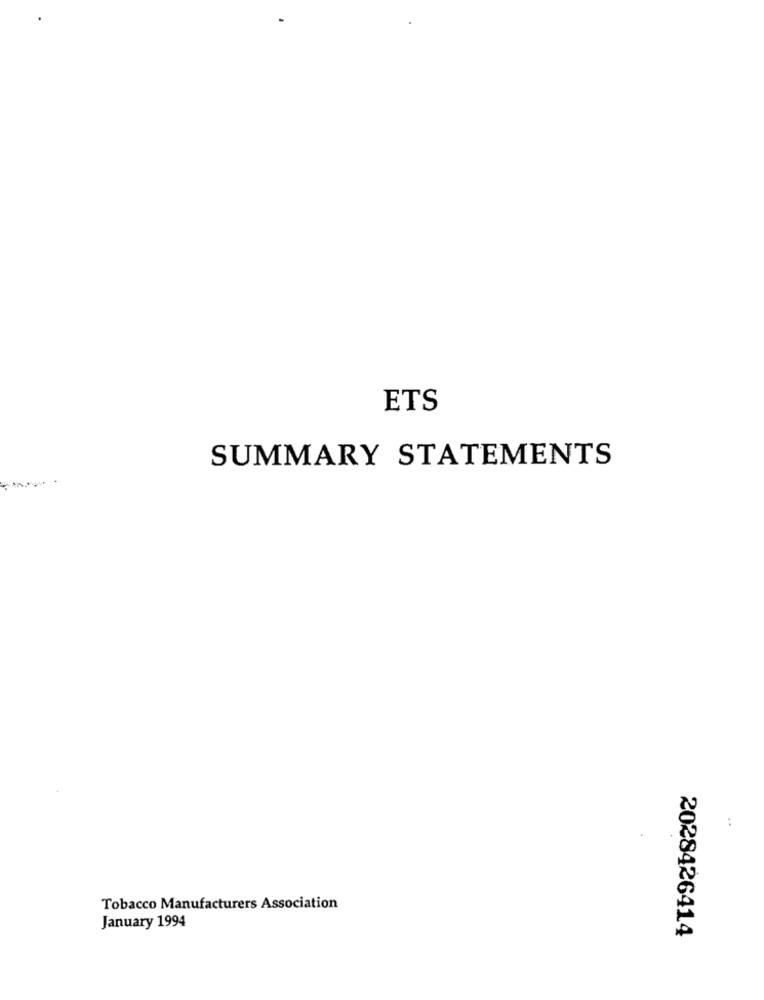
ETS
SUMMARY STATEMENTS
:
Tobacco Manufacturers Association
January 1994
2028426414